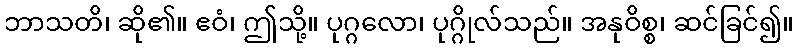
ဘာသတိ၊ ဆို၏။ ဧဝံ၊ ဤသို့။ ပုဂ္ဂလော၊ ပုဂ္ဂိုလ်သည်။ အနုဝိစ္စ၊ ဆင်ခြင်၍။